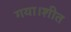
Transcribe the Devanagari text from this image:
गया।शीत